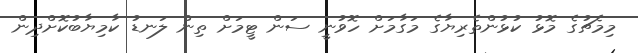
މިމެޗުގެ މޮޅު ކުޅުންތެރިޔާގެ މަގާމަށް ހޮވުނީ ސަން ޓީމަށް ތިން ލަނޑު ކާމިޔާބުކޮށްދިން